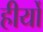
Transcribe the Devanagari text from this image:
हीर्यों